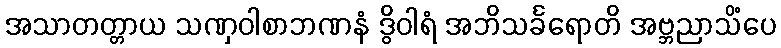
အသာတတ္တာယ သဏှဝါစာဘဏနံ ဒွိဝါရံ အဘိသင်္ခရောတိ အဗ္ဘညာသိံပေ